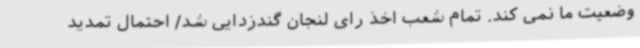
وضعیت ما نمی کند. تمام شعب اخذ رای لنجان گندزدایی شد/ احتمال تمدید